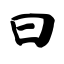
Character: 曰